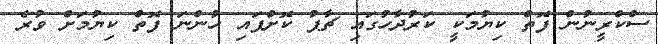
ސްކްރީނުން ފޮތް ކިޔުމަކީ ކަރުދާހުގައި ޗާޕު ކޮށްފައި ހުންނަ ފޮތް ކިޔުމަށް ވުރެ